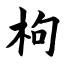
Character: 枸